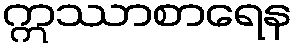
ဣဿာစာရေန